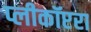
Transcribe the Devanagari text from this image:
प्लीकॉप्टरा